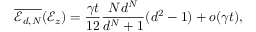
\overline { { \mathscr { E } _ { d , N } } } ( \mathcal { E } _ { z } ) = \frac { \gamma t } { 1 2 } \frac { N d ^ { N } } { d ^ { N } + 1 } ( d ^ { 2 } - 1 ) + o ( \gamma t ) ,